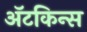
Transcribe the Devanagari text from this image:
अॅटकिन्स